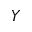
Y